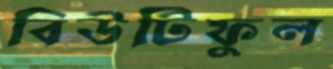
বিউটিফুল